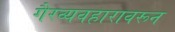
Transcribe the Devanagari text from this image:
गैरव्यवहारावरून